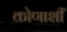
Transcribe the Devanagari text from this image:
कोणाशीं